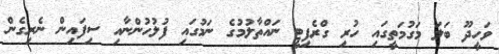
ވަހީދޫ ބަލަ މަގުމަތީގައި ހުރި ގްރެފިޓީ ނައްތާލުމުގެ ނަމުގައި ފުލުހުންނާއި ސިފައިން ނެރިގެން